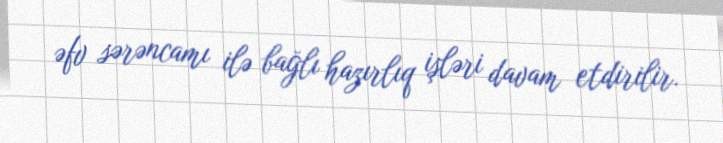
əfv sərəncamı ilə bağlı hazırlıq işləri davam etdirilir.